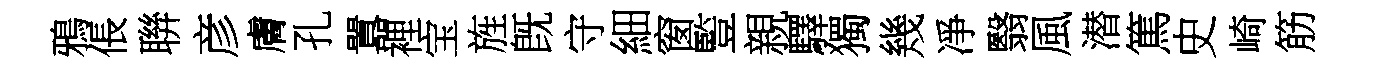
鴉倀聨彦膚孔囂裡宝旌旣守細窗䜿親驛獨幾凈翳風潜篤史崎筋